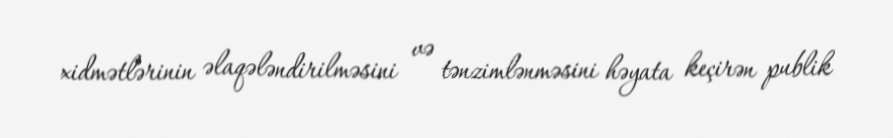
xidmətlərinin əlaqələndirilməsini və tənzimlənməsini həyata keçirən publik